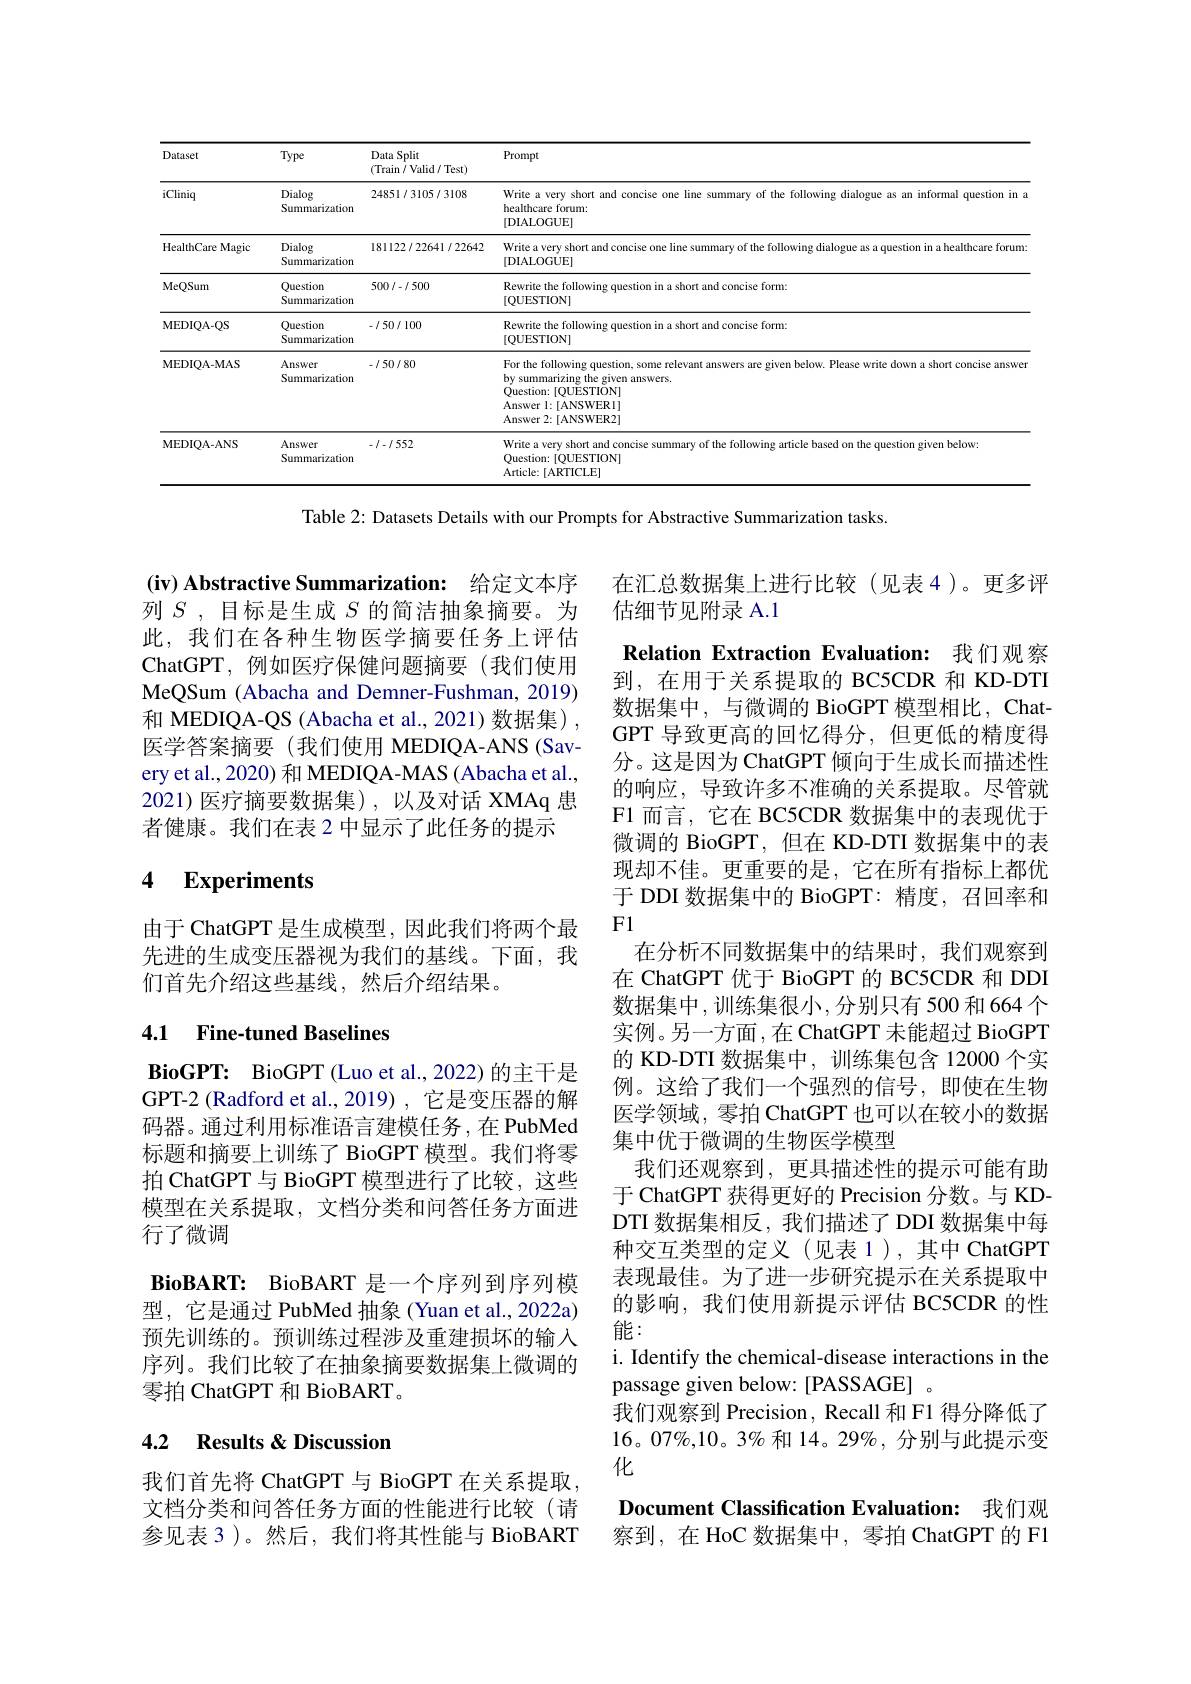
<table>
	<tbody>
		<tr>
			<th>Dataset</th>
			<th>Type</th>
			<th>Data Split (Train / Valid/ Test)</th>
			<th>Prompt</th>
		</tr>
		<tr>
			<td>iCliniq</td>
			<td>Dialog Summarization</td>
			<td>24851/3105/3108</td>
			<td>Write a very short and concise one line summary of the following dialogue as an informal question in a healthcare forum: [DIALOGUE]</td>
		</tr>
		<tr>
			<td>HealthCare Magic</td>
			<td>Dialog Summarizatiom</td>
			<td>181122/22641/22642</td>
			<td>Write a very short and concise one line summary of the following dialogue as a question in a healthcare forum [DIALOGUE]</td>
		</tr>
		<tr>
			<td>MeQSum</td>
			<td>Question Summarizatiom</td>
			<td>500/-1500</td>
			<td>Rewrite the following question in a short and concise form: $[QUESTION]$</td>
		</tr>
		<tr>
			<td>MEDIQA- QS</td>
			<td>Question Summarizatiom</td>
			<td>$\cdot/50/100$</td>
			<td>Rewrite the following question in a short and concise form: $[QUESTION]$</td>
		</tr>
		<tr>
			<td>MEDIQA-MAS</td>
			<td>Answer Summarizatiom</td>
			<td>$\cdot/50/80$</td>
			<td>For the following question, some relevant answers are given below. Please write down a short concise answer by summarizing the given answers. $\dot{\text{Question: [QUESTION]}}$ Answer l:[ANSWERl] Answer 2:[ANSWER2]</td>
		</tr>
		<tr>
			<td>MEDIQA-ANS</td>
			<td>Answer Summarizatiom</td>
			<td>$\cdot1-1.552$</td>
			<td>Write a very short and concise summary of the following article based on the question given below: Question: [QUESTION] Article: [ ARTICLE] </td>
		</tr>
	</tbody>
</table>

Table 2: Datasets Details with our Prompts for Abstractive Summarization tasks.

$( \mathbf{iv}) \textbf{ Abstractive Summarization: 给 定 文 本 序 }$ 列$S$,目标是生成$S$ 的简洁抽象摘要。为

此，我们在各种生物医学摘要任务上评估ChatGPT,例如医疗保健问题摘要(我们使用MeQSum (Abacha and Demner-Fushman, 2019) 和 MEDIQA-QS (Abacha et al., 2021) 数据集) , 医学答案摘要(我们使用 MEDIQA-ANS(Sav-) ery et al., 2020) 和 MEDIQA-MAS (Abacha et al., 2021)医疗摘要数据集),以及对话 XMAq 患者健康。我们在表 2 中显示了此任务的提示

## 4 Experiments

由于 ChatGPT 是生成模型，因此我们将两个最先进的生成变压器视为我们的基线。下面，我们首先介绍这些基线，然后介绍结果。

## 4.1 Fine-tuned Baselines

在汇总数据集上进行比较(见表4)。更多评
估细节见附录 A.1
Relation Extraction Evaluation: 我们观察到，在用于关系提取的 BC5CDR 和 KD-DTI 数据集中，与微调的 BioGPT 模型相比，ChatGPT 导致更高的回忆得分，但更低的精度得分。这是因为 ChatGPT 倾向于生成长而描述性的响应，导致许多不准确的关系提取。尽管就F1 而言，它在 BC5CDR 数据集中的表现优于微调的 BioGPT, 但在 KD-DTI 数据集中的表现却不佳。更重要的是，它在所有指标上都优于 DDI 数据集中的 BioGPT: 精度，召回率和F1
在分析不同数据集中的结果时，我们观察到在 ChatGPT 优于 BioGPT 的 BC5CDR 和 DDI 数据集中，训练集很小，分别只有 500 和 664 个实例。另一方面，在 ChatGPT 未能超过 BioGPT 的 KD-DTI 数据集中，训练集包含 12000 个实例。这给了我们一个强烈的信号，即使在生物医学领域，零拍 ChatGPT 也可以在较小的数据集中优于微调的生物医学模型
我们还观察到，更具描述性的提示可能有助于 ChatGPT 获得更好的 Precision 分数。与 KDDTI 数据集相反，我们描述了 DDI 数据集中每种交互类型的定义(见表1),其中ChatGPT 表现最佳。为了进一步研究提示在关系提取中的影响，我们使用新提示评估 BC5CDR 的性能：
i. Identify the chemical-disease interactions in the
passage given below: [PASSAGE]
我们观察到 Precision, Recall 和 F1 得分降低了$16。07\%,10。3\%$和 14。29%, 分别与此提示变化
Document Classification Evaluation: 我们观察到，在 HoC 数据集中，零拍 ChatGPT 的 F1

$\mathbf{BioGPT: }$ BioGPT(Luo et al.,2022) 的主干是GPT-2 (Radford et al.,2019) ,它是变压器的解码器。通过利用标准语言建模任务，在 PubMed 标题和摘要上训练了 BioGPT 模型。我们将零拍 ChatGPT 与 BioGPT 模型进行了比较，这些模型在关系提取，文档分类和问答任务方面进行了微调
$\textbf{BioBART: BioBART 是 一 个 序 列 到 序 列 模 }$ 型，它是通过 PubMed 抽象 (Yuan et al., 2022a) 预先训练的。预训练过程涉及重建损坏的输入序列。我们比较了在抽象摘要数据集上微调的零拍 ChatGPT 和 BioBART 。

## 4.2 Results &Discussion

我们首先将 ChatGPT 与 BioGPT 在关系提取文档分类和问答任务方面的性能进行比较(请参见表 3 )。然后，我们将其性能与 BioBART